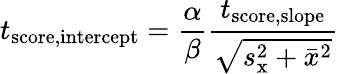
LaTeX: t_{\mathrm{score,intercept}}={\frac{\alpha}{\beta}}{\frac{t_{\mathrm{score,slope}}}{\sqrt{s_{\mathrm{x}}^{2}+{\bar{x}}^{2}}}}